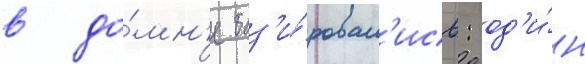
в до́мн'е баз'и́ровал'ись: од'и́н